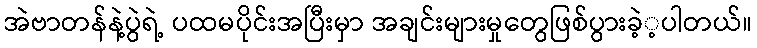
အဲဗာတန်နဲ့ပွဲရဲ့ ပထမပိုင်းအပြီးမှာ အချင်းများမှုတွေဖြစ်ပွားခဲ့့ပါတယ်။